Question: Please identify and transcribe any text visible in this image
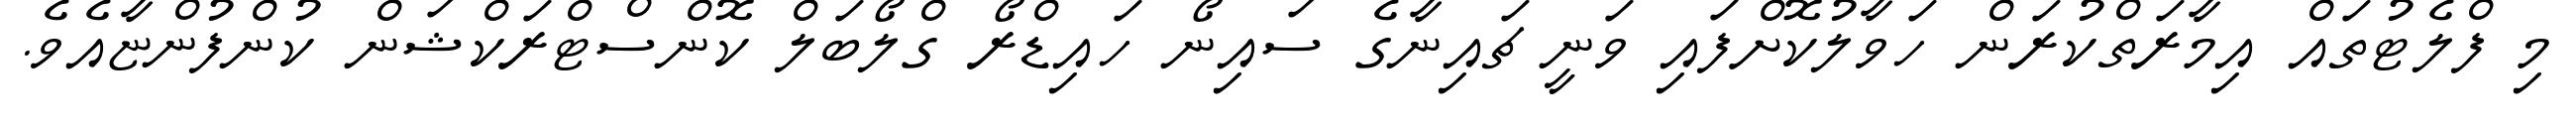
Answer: މި ފްލެޓުތައް އިމާރަތްކުރަން ހަވާލުކޮށްފައި ވަނީ ޗައިނާގެ ސައިނޯ ހައިޑްރޯ ގްލޯބަލް ކޮންސްޓްރަކްޝަން ކުންފުންޏާއެވެ.